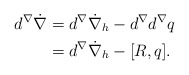
\begin{align*} d^\nabla \dot \nabla & = d^\nabla \dot \nabla_h -d^\nabla d^\nabla q\\ & =d^\nabla \dot \nabla_h - [R, q]. \end{align*}